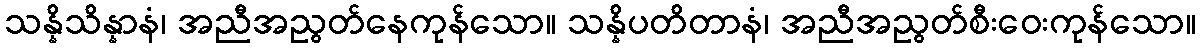
သန္နိသိန္နာနံ၊ အညီအညွတ်နေကုန်သော။ သန္နိပတိတာနံ၊ အညီအညွတ်စီးဝေးကုန်သော။